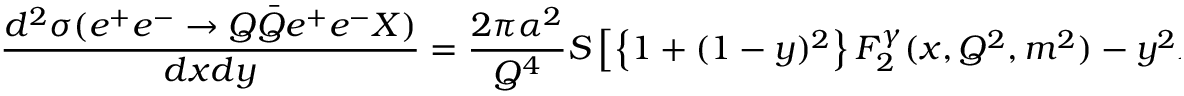
\frac { d ^ { 2 } \sigma ( e ^ { + } e ^ { - } \rightarrow Q \bar { Q } e ^ { + } e ^ { - } X ) } { d x d y } = \frac { 2 \pi \alpha ^ { 2 } } { Q ^ { 4 } } S \left[ \left\{ 1 + ( 1 - y ) ^ { 2 } \right\} F _ { 2 } ^ { \gamma } ( x , Q ^ { 2 } , m ^ { 2 } ) - y ^ { 2 } F _ { L } ^ { \gamma } ( x , Q ^ { 2 } , m ^ { 2 } ) \right]